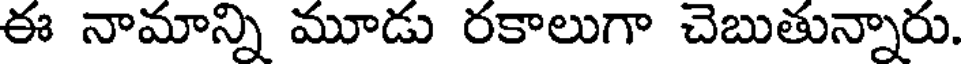
ఈ నామాన్ని మూడు రకాలుగా చెబుతున్నారు.